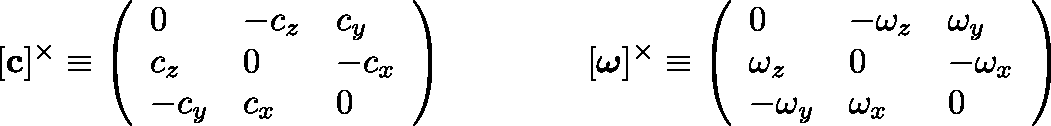
[ \mathbf { c } ] ^ { \times } \equiv \left( { \begin{array} { l l l } { 0 } & { - c _ { z } } & { c _ { y } } \\ { c _ { z } } & { 0 } & { - c _ { x } } \\ { - c _ { y } } & { c _ { x } } & { 0 } \end{array} } \right) \qquad \qquad [ \mathbf { \boldsymbol { \omega } } ] ^ { \times } \equiv \left( { \begin{array} { l l l } { 0 } & { - \omega _ { z } } & { \omega _ { y } } \\ { \omega _ { z } } & { 0 } & { - \omega _ { x } } \\ { - \omega _ { y } } & { \omega _ { x } } & { 0 } \end{array} } \right)